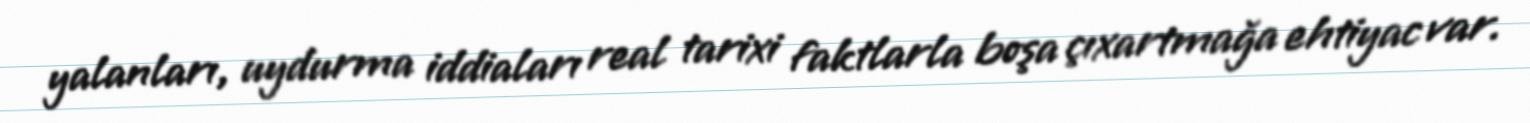
yalanları, uydurma iddiaları real tarixi faktlarla boşa çıxartmağa ehtiyac var.